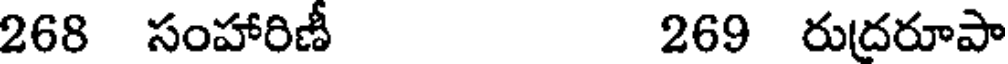
268 సంహారిణీ 269 రుదరూపా